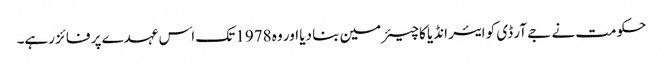
حکومت نے جے آر ڈی کو ایئر انڈیا کا چیئرمین بنا دیا اور وہ 1978 تک اس عہدے پر فائز رہے۔